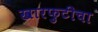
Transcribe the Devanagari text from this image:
खारफुटीचा